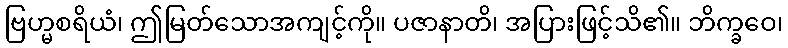
ဗြဟ္မစရိယံ၊ ဤမြတ်သောအကျင့်ကို။ ပဇာနာတိ၊ အပြားဖြင့်သိ၏။ ဘိက္ခဝေ၊